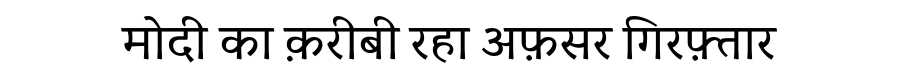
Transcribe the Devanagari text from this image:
मोदी का क़रीबी रहा अफ़सर गिरफ़्तार